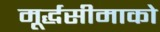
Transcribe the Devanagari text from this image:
मूर्द्धसीमाको